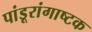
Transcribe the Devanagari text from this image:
पांडूरांगाष्टक